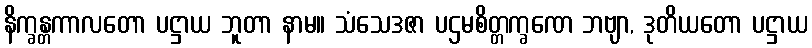
နိက္ခန္တကာလတော ပဋ္ဌာယ ဘူတာ နာမ။ သံသေဒဇာ ပဌမစိတ္တက္ခဏေ ဘဗျာ, ဒုတိယတော ပဋ္ဌာယ